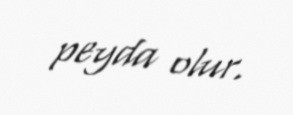
peyda olur.